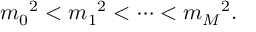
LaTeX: { m _ { 0 } } ^ { 2 } < { m _ { 1 } } ^ { 2 } < \cdots < { m _ { M } } ^ { 2 } .